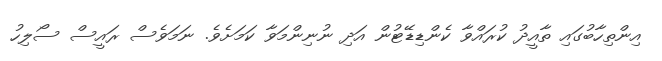
އިންތިހާބުގައި ތާއީދު ކުރައްވާ ކެންޑިޑޭޓުން އަދި ނުނިންމަވާ ކަމަށެވެ. ނަމަވެސް ރައީސް ސޯލިހު